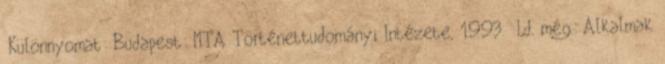
Különnyomat: Budapest: MTA Történettudományi Intézete, 1993. Ld. még: Alkalmak